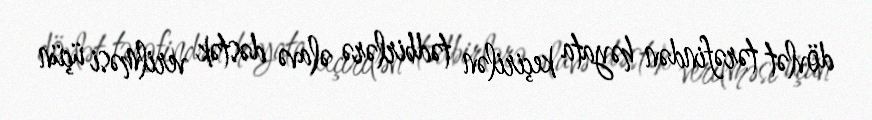
dövlət tərəfindən həyata keçirilən tədbirlərə əlavə dəstək verilməsi üçün